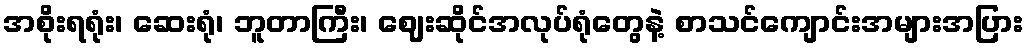
အစိုးရရုံး၊ ဆေးရုံ၊ ဘူတာကြီး၊ ဈေးဆိုင်အလုပ်ရုံတွေနဲ့ စာသင်ကျောင်းအများအပြား